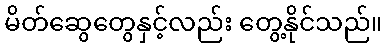
မိတ်ဆွေတွေနှင့်လည်း တွေ့နိုင်သည်။